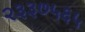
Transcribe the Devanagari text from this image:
२३३७५६५